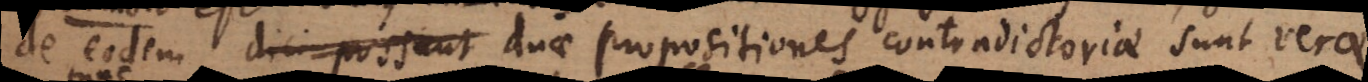
de eodem dici possunt duae propositiones contradictoriae sunt verae